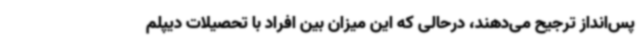
پس‌انداز ترجیح می‌دهند، درحالی که این میزان بین افراد با تحصیلات دیپلم